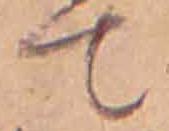
て